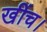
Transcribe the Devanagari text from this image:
खींच।